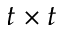
t \times t